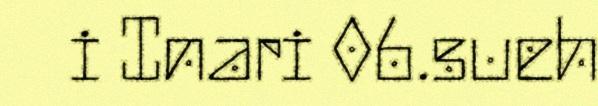
i Inari 06.sueh